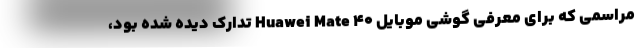
مراسمی که برای معرفی گوشی موبایل Huawei Mate 40 تدارک دیده شده بود،